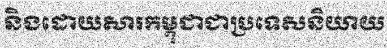
និងដោយសារកម្ពុជាជាប្រទេសនិយាយ